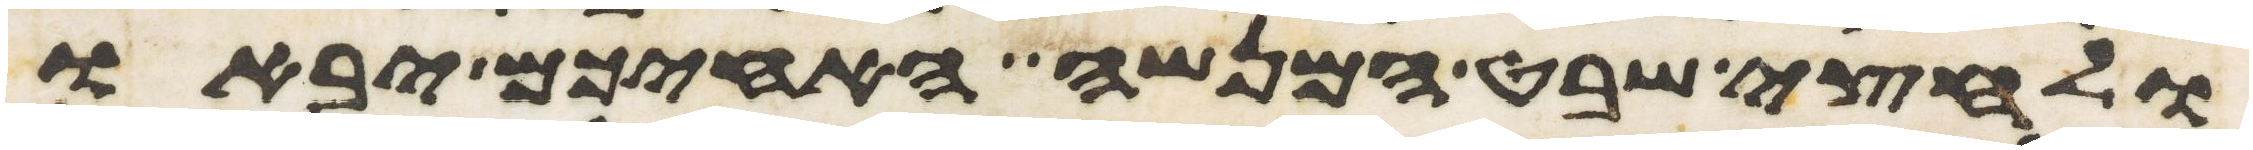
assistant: ולחצי שבט המנשה האחיכם יבאו